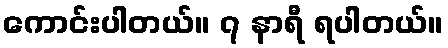
ကောင်းပါတယ်။ ၇ နာရီ ရပါတယ်။